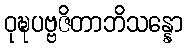
ဝုဍ္ဎပဗ္ဗဇိတာဘိသန္နော